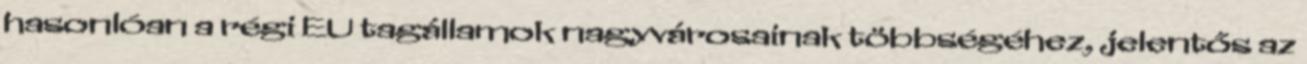
hasonlóan a régi EU tagállamok nagyvárosainak többségéhez, jelentős az